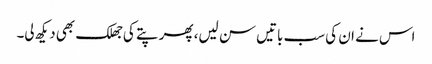
اس نے ان کی سب باتیں سن لیں، پھر پتے کی جھلک بھی دیکھ لی۔